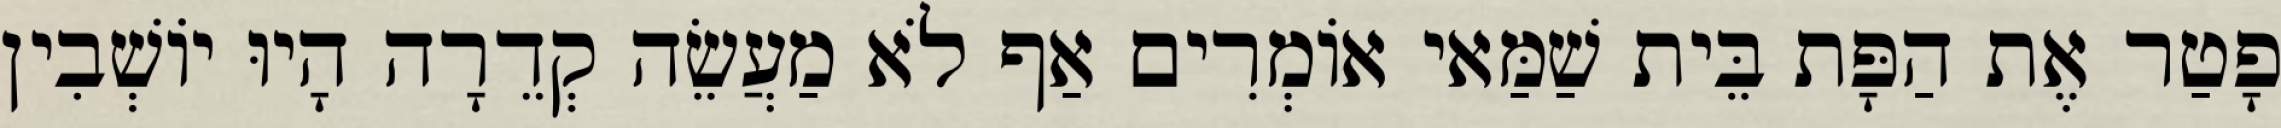
פָטַר אֶת הַפָּת בֵּית שַׁמַּאי אוֹמְרִים אַף לֹא מַעֲשֵׂה קְדֵרָה הָיוּ יוֹשְׁבִין